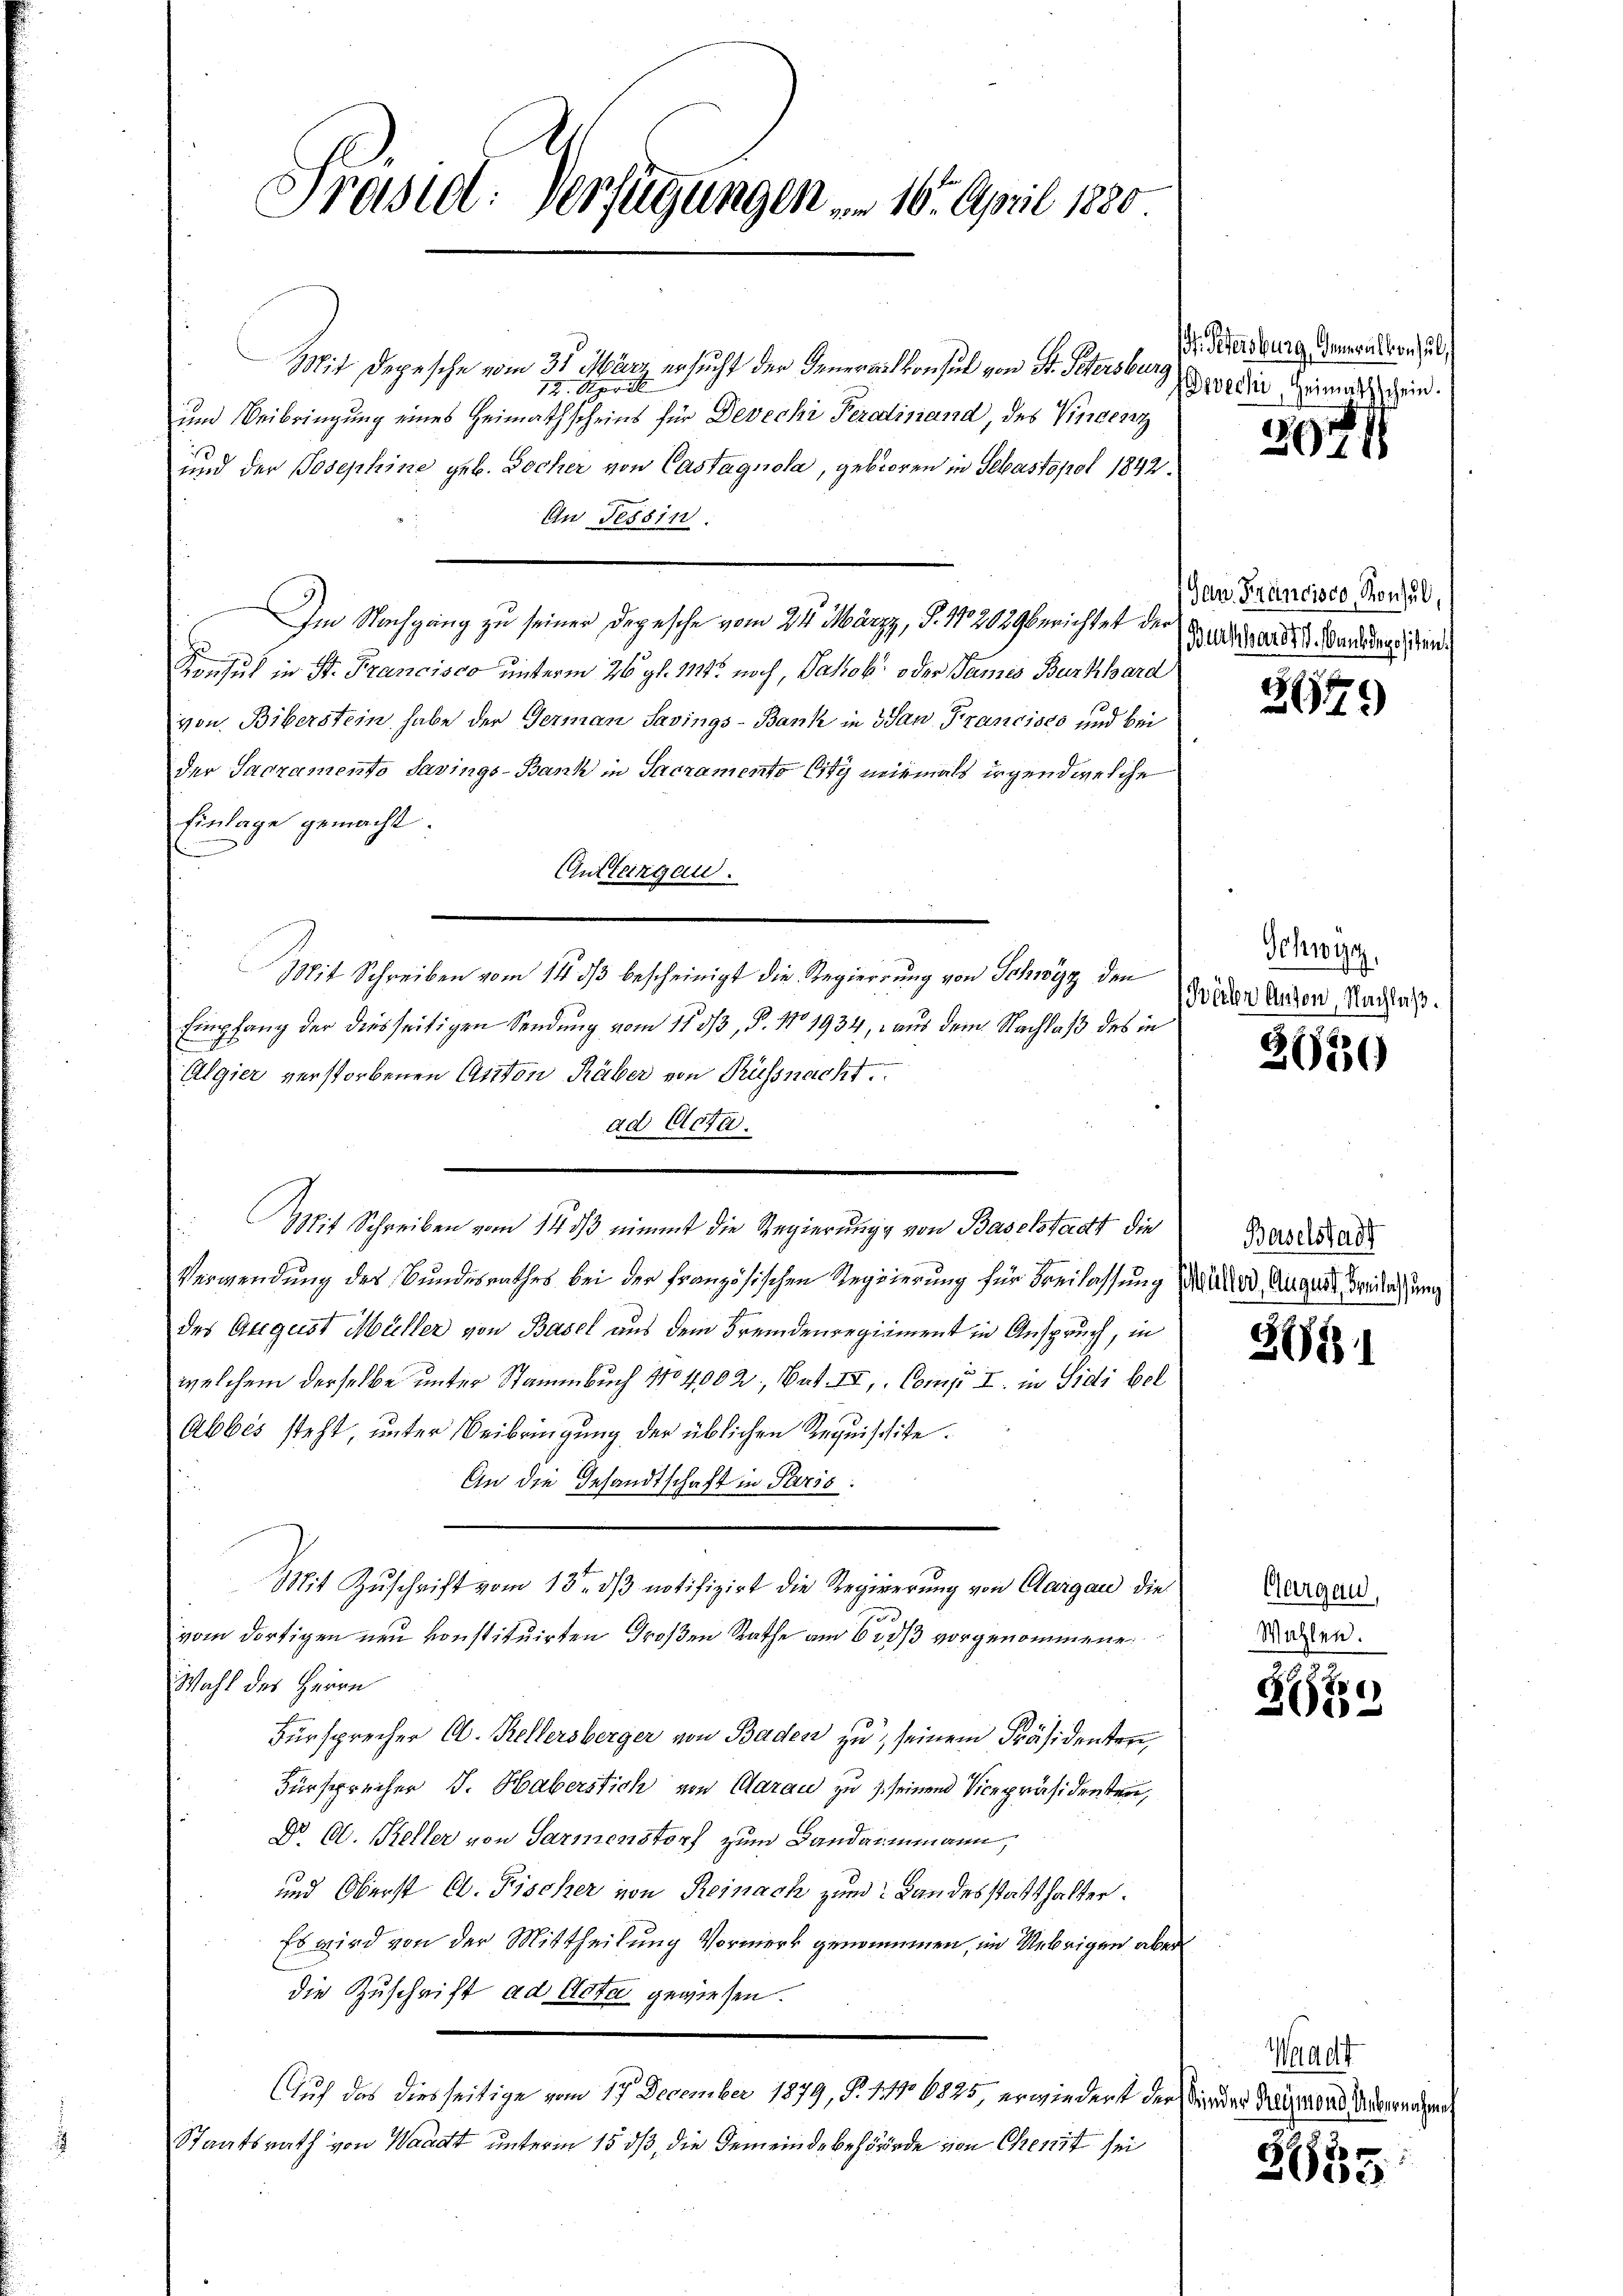
Frasid: Verfügungen . 10. April 1880

Mit Depesche vom 31. März ersucht der Generalkonsul von St. Petersburg
12. Apri
und Beibringung eines Heimathscheins für Devechi Ferdinand, des Vincerry
und der Josephine geb. Bocher von Castagnola, geboren in Sebastopol 1842.
In Tessin.
Im Nachgang zu seiner Depesche vom 24. Märzy, P. 172029berichtet der
Konsul in St. Francisco unterm 26. gl. 1121 noch, Jakob oder Tames Burkhard
von Biberstein habe der Germann Savings-Bank in San Francisco und bei
der Sacramento Savings-Bank in Sacramento Eity niemals irgendwelche
Einlage gemacht.
Guttergan.
x
Mit Schreiben vom 14. dβ bescheinigt die Regierung von Schwyz den
Empfang der diesseitigen Sendung vom 11 5/3, P. No. 1934, aus dem Nachlaß des in
Algier verstorbenen Anton Räber von Rüssnacht.
ad Acta.
Mit Schreiben vom 14. ds nimmt die Regierung von Baselstadt die
Verwendung des Bundesrathes bei der Französischen Regierung für Freilassung
des August Müller von Basel aus dem Fremdenregiment in Anspruch, in
welchem derselbe unter Stammbuch No 4002, Bat. II, Comp. I. in Sidi bel
Abbes steht, unter Beibringung der üblichen Requischite.
An die Gesandtschaft in Paris.
Mit Zuschrift vom 13. dβ notifizirt die Regierung von Aargau die
vom dortigen neu konstituirten Großen Rathe am 600 vorgenommene
Wahl des Herrn
Fürsprecher Ab. Kellersberger von Baden zu seinem Präsidenten,
Fürsprecher J. Haberstich von Aarau zu seinen Vicepräsidenten,
Dr. Ab. Keller von Sarmenstorf zum Bandammann,
und Oberst C. Fischer von Reinach zum Landesstatthalter.
Es wird von der Mittheilung Vormerk genommen, im Uebrigen aber
die Zuschrift ad Acta gewiesen.
Auch das diesseitige vom 17 December 1879, S. 111 6825, erwiedert der inder Regiment Albernahme
Staatsrath von Waadt unterm 15. ds, die Gemeinde Behörde von Chemit sei

. Petersburg, Amalkonsul
Devechi Heimathschein.

2971

Gan. Francisco, Konsul,
(Burkhardt. Bank depositen.

267

Schwyz,
Böller Anton, Nachlaß.

2650)

Baselstadt
Müller, August, Senlassung

3681

Aargau,
Mahlen.

3

Weacht

e
8
2000